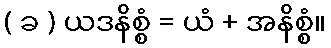
( ခ ) ယဒနိစ္စံ = ယံ + အနိစ္စံ။